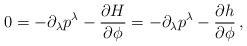
LaTeX: \begin{align*}0= - \partial_\lambda p^{\lambda} - \frac{\partial {H}}{\partial \phi}=- \partial_\lambda p^{\lambda} - \frac{\partial {h}}{\partial \phi} \, ,\end{align*}